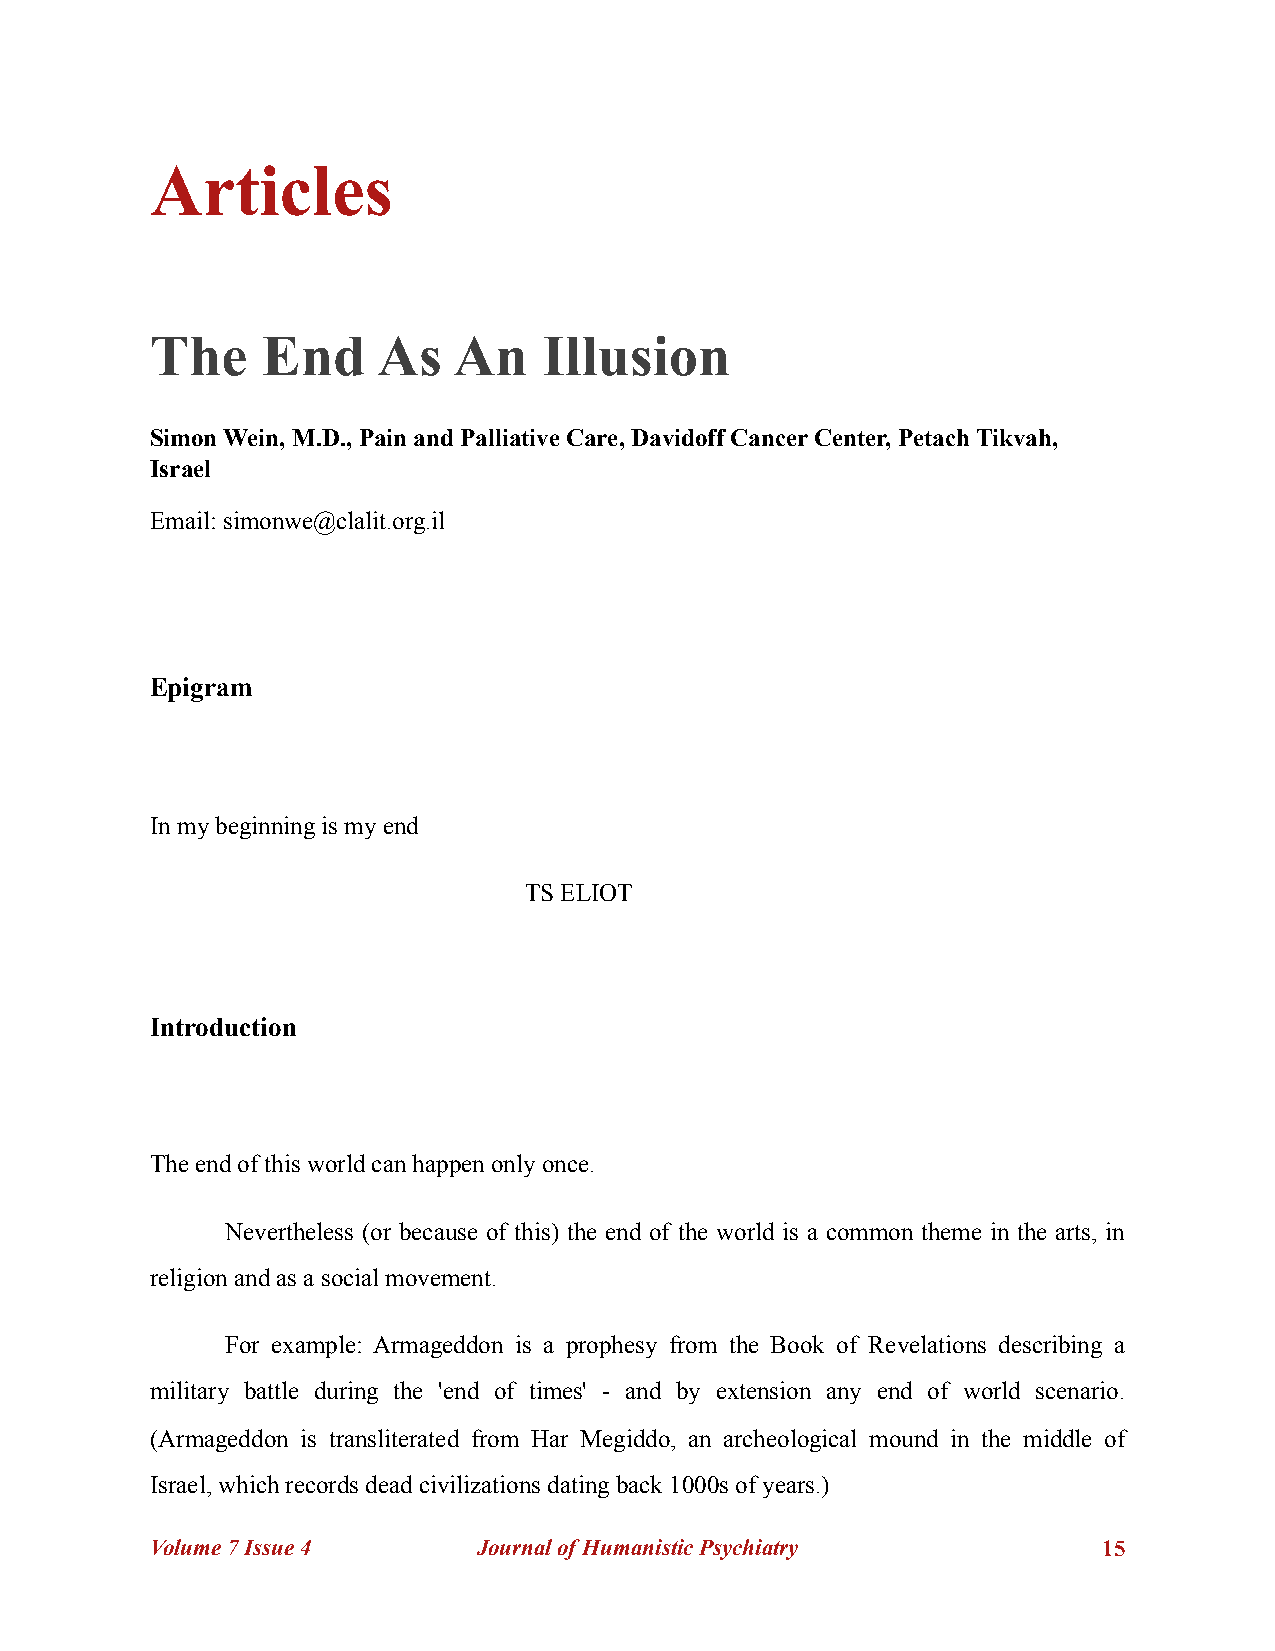
Articles
 The    End     As   An    Illusion
 Simon Wein, M.D., Pain and Palliative Care, Davidoff Cancer Center, Petach Tikvah,
 Israel
 Email: simonwe@clalit.org.il
 Epigram
 In my beginning is my end
 TS ELIOT
 Introduction
 The end of this world can happen only once.
 Nevertheless (or because of this) the end of the world is a common theme in the arts, in
 religion and as a social movement.
 For example: Armageddon is a prophesy from the Book of Revelations describing a
 military battle during the 'end of times' - and by extension any end of world scenario.
 (Armageddon is transliterated from Har Megiddo, an archeological mound in the middle of
 Israel, which records dead civilizations dating back 1000s of years.)
 Volume 7 Issue 4      Journal of Humanistic Psychiatry         !15